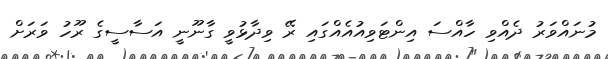
މުނައްވަރު ދެއްވި ހާއްސަ އިންޓަވިއުއެއްގައި ރޭ ވިދާޅުވީ ގާނޫނީ އަސާސީގެ ރޫހު ވަރަށް